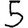
Digit: 5